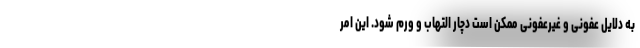
به دلایل عفونی و غیرعفونی ممکن است دچار التهاب و ورم شود. این امر